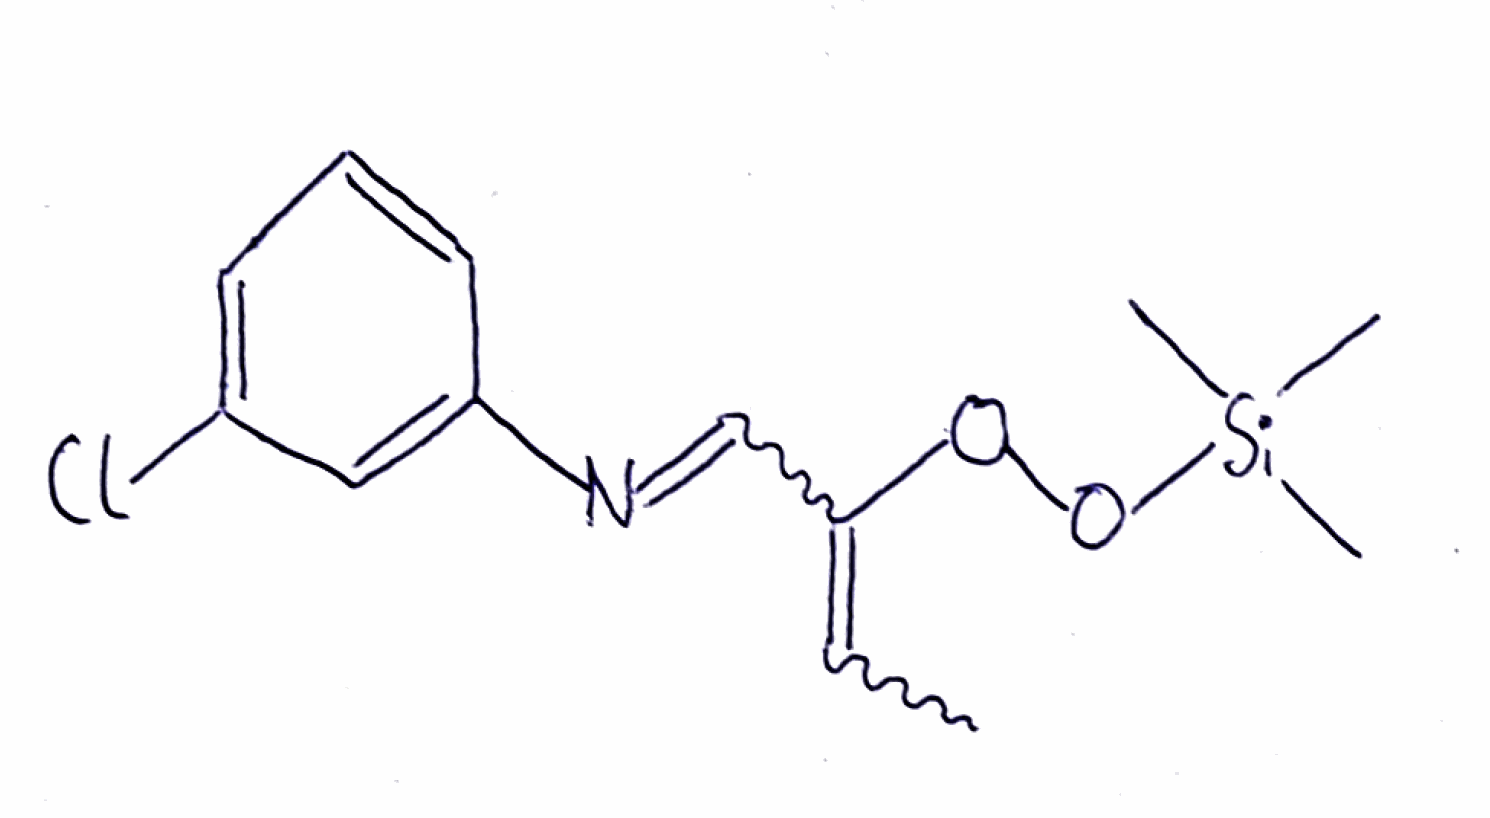
Simplified molecular-input line-entry system (SMILES) notation of the given molecule:
CC=C(C=NC1=CC(=CC=C1)Cl)OO[Si](C)(C)C